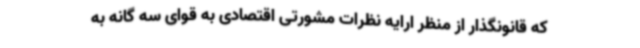
که قانونگذار از منظر ارایه نظرات مشورتی اقتصادی به قوای سه گانه به